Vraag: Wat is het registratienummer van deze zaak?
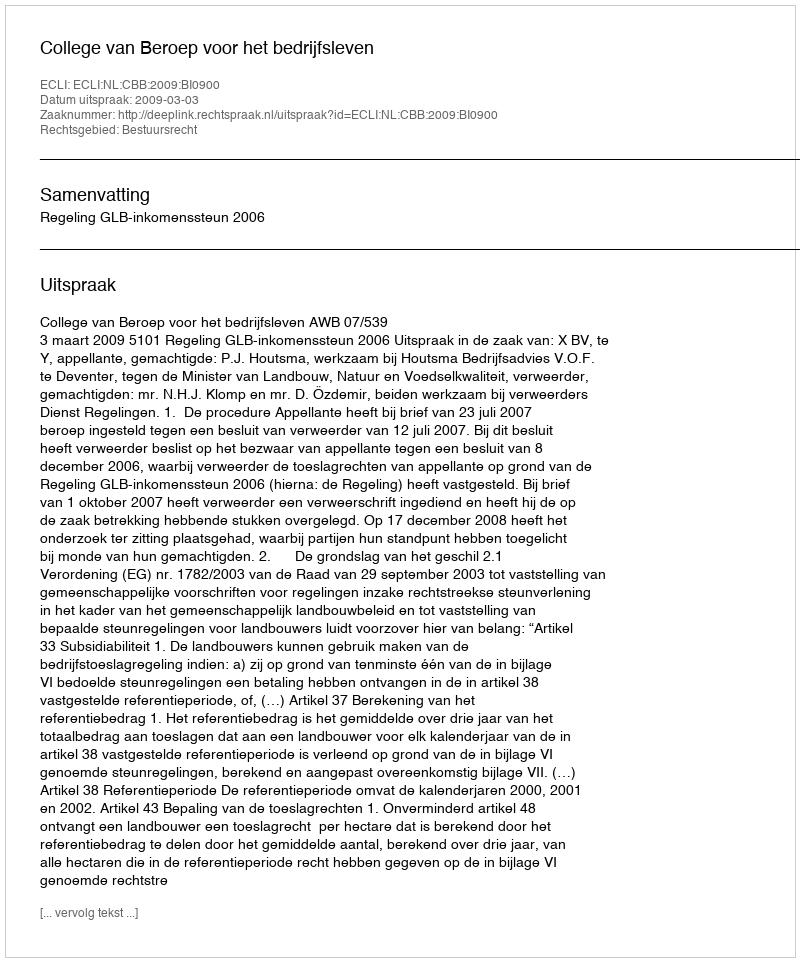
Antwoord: http://deeplink.rechtspraak.nl/uitspraak?id=ECLI:NL:CBB:2009:BI0900